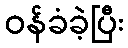
ဝန်ခံခဲ့ပြီး